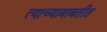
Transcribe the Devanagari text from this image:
त्याच्याबाबतीत